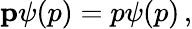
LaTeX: \mathbf{p}\psi(p)=p\psi(p)\, ,